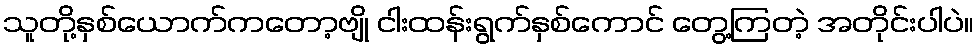
သူတို့နှစ်ယောက်ကတော့ဗျို ငါးထန်းရွက်နှစ်ကောင် တွေ့ကြတဲ့ အတိုင်းပါပဲ။